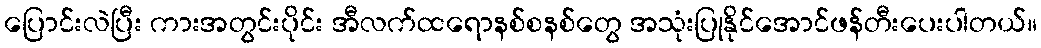
ပြောင်းလဲပြီး ကားအတွင်းပိုင်း အီလက်ထရောနစ်စနစ်တွေ အသုံးပြုနိုင်အောင်ဖန်တီးပေးပါတယ်။